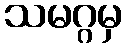
သမဂ္ဂမှ